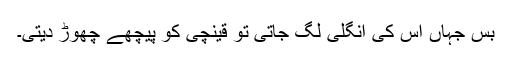
بس جہاں اس کی انگلی لگ جاتی تو قینچی کو پیچھے چھوڑ دیتی۔